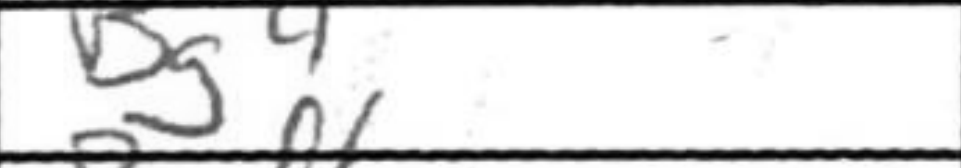
Transcription: Bg4